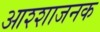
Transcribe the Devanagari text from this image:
आश्शाजनक